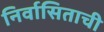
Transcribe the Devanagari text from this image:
निर्वासिताची